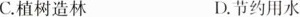
C.植树造林 D.节约用水